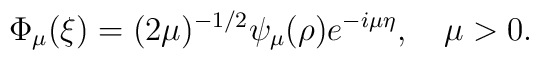
\Phi_{\mu}(\xi)=(2\mu)^{-1/2}\psi_{\mu}(\rho)e^{-i\mu\eta},\quad\mu>0.